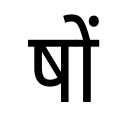
OCR:
षों